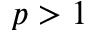
p > 1